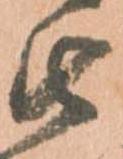
由